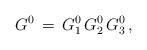
LaTeX: \begin{align*}G^0\,=\,G^0_1\,G^0_2\,G^0_3\,,\end{align*}